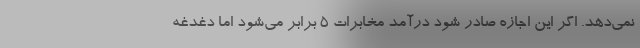
نمی‌دهد. اگر این اجازه صادر شود درآمد مخابرات ۵ برابر می‌شود اما دغدغه